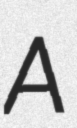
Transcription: A